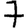
Digit: 7